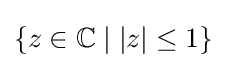
\{z\in \mathbb {C} \mid |z|\leq 1\}